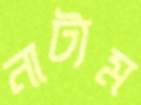
নাট্যম